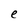
Character: e